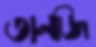
তানজি